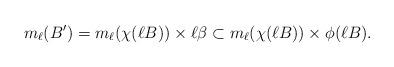
LaTeX: \begin{align*}m_{\ell}(B')=m_{\ell}(\chi(\ell B))\times\ell\beta\subset m_{\ell}(\chi(\ell B))\times \phi(\ell B).\end{align*}